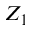
Z _ { 1 }